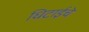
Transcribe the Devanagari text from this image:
धिटाईचे